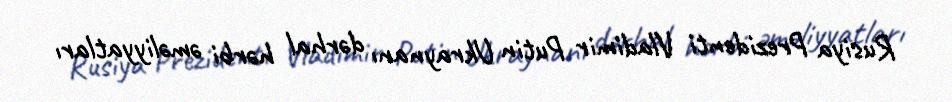
Rusiya Prezidenti Vladimir Putin Ukraynanı dərhal hərbi əməliyyatları